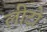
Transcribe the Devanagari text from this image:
लीटो